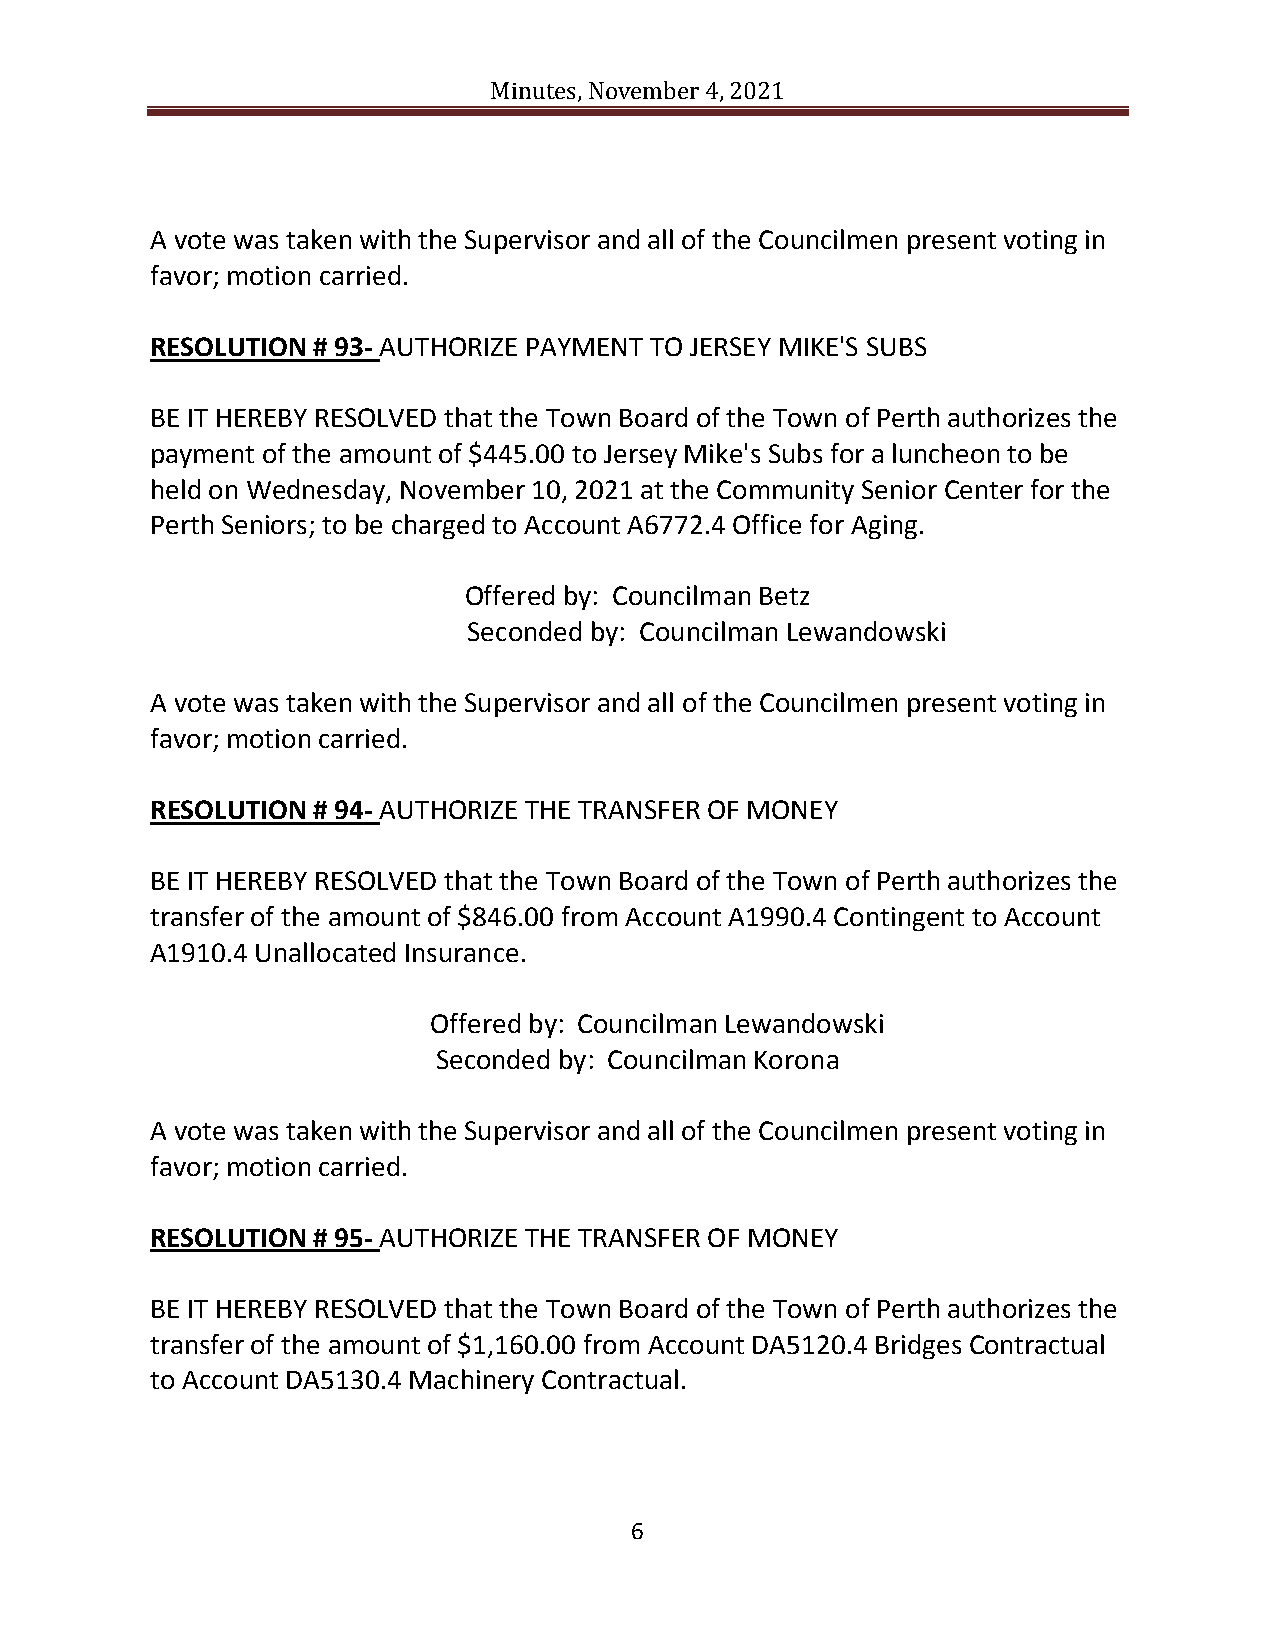
Minutes, November 4, 2021
 A vote was taken with the Supervisor and all of the Councilmen present voting in
 favor; motion carried.
 RESOLUTION # 93- AUTHORIZE PAYMENT TO JERSEY MIKE'S SUBS
 BE IT HEREBY RESOLVED that the Town Board of the Town of Perth authorizes the
 payment of the amount of $445.00 to Jersey Mike's Subs for a luncheon to be
 held on Wednesday, November 10, 2021 at the Community Senior Center for the
 Perth Seniors; to be charged to Account A6772.4 Office for Aging.
 Offered by: Councilman Betz
 Seconded by: Councilman Lewandowski
 A vote was taken with the Supervisor and all of the Councilmen present voting in
 favor; motion carried.
 RESOLUTION # 94- AUTHORIZE THE TRANSFER OF MONEY
 BE IT HEREBY RESOLVED that the Town Board of the Town of Perth authorizes the
 transfer of the amount of $846.00 from Account A1990.4 Contingent to Account
 A1910.4 Unallocated Insurance.
 Offered by: Councilman Lewandowski
 Seconded by: Councilman Korona
 A vote was taken with the Supervisor and all of the Councilmen present voting in
 favor; motion carried.
 RESOLUTION # 95- AUTHORIZE THE TRANSFER OF MONEY
 BE IT HEREBY RESOLVED that the Town Board of the Town of Perth authorizes the
 transfer of the amount of $1,160.00 from Account DA5120.4 Bridges Contractual
 to Account DA5130.4 Machinery Contractual.
 6